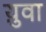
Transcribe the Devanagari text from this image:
य़ुवा